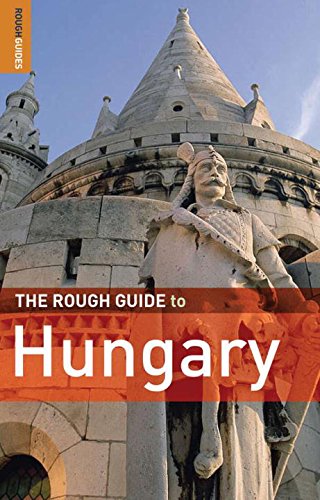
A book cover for The Rough Guide to Hungary 7 (Rough Guide Travel Guides); Darren (Norm) Longley; Travel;